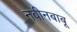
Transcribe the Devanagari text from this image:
नवीनबाबू